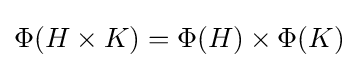
\Phi (H\times K)=\Phi (H)\times \Phi (K)